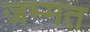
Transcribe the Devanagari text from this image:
जम्‍मत